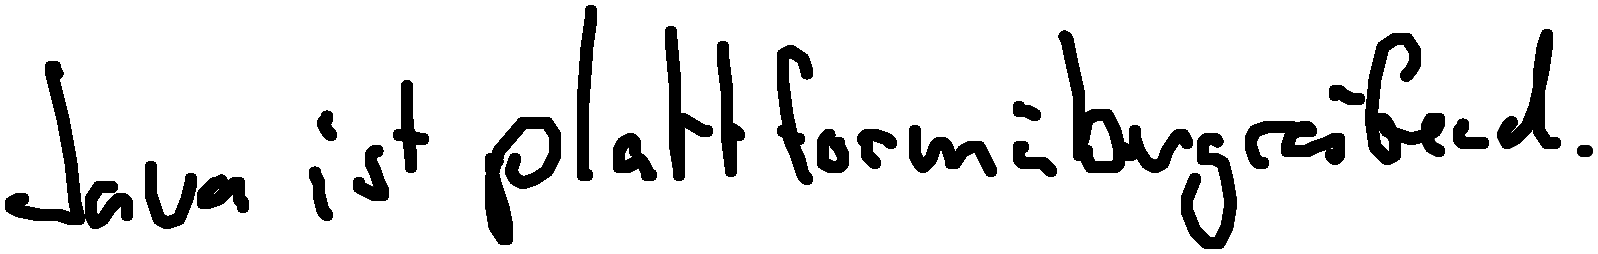
Java ist plattformübergreifend.